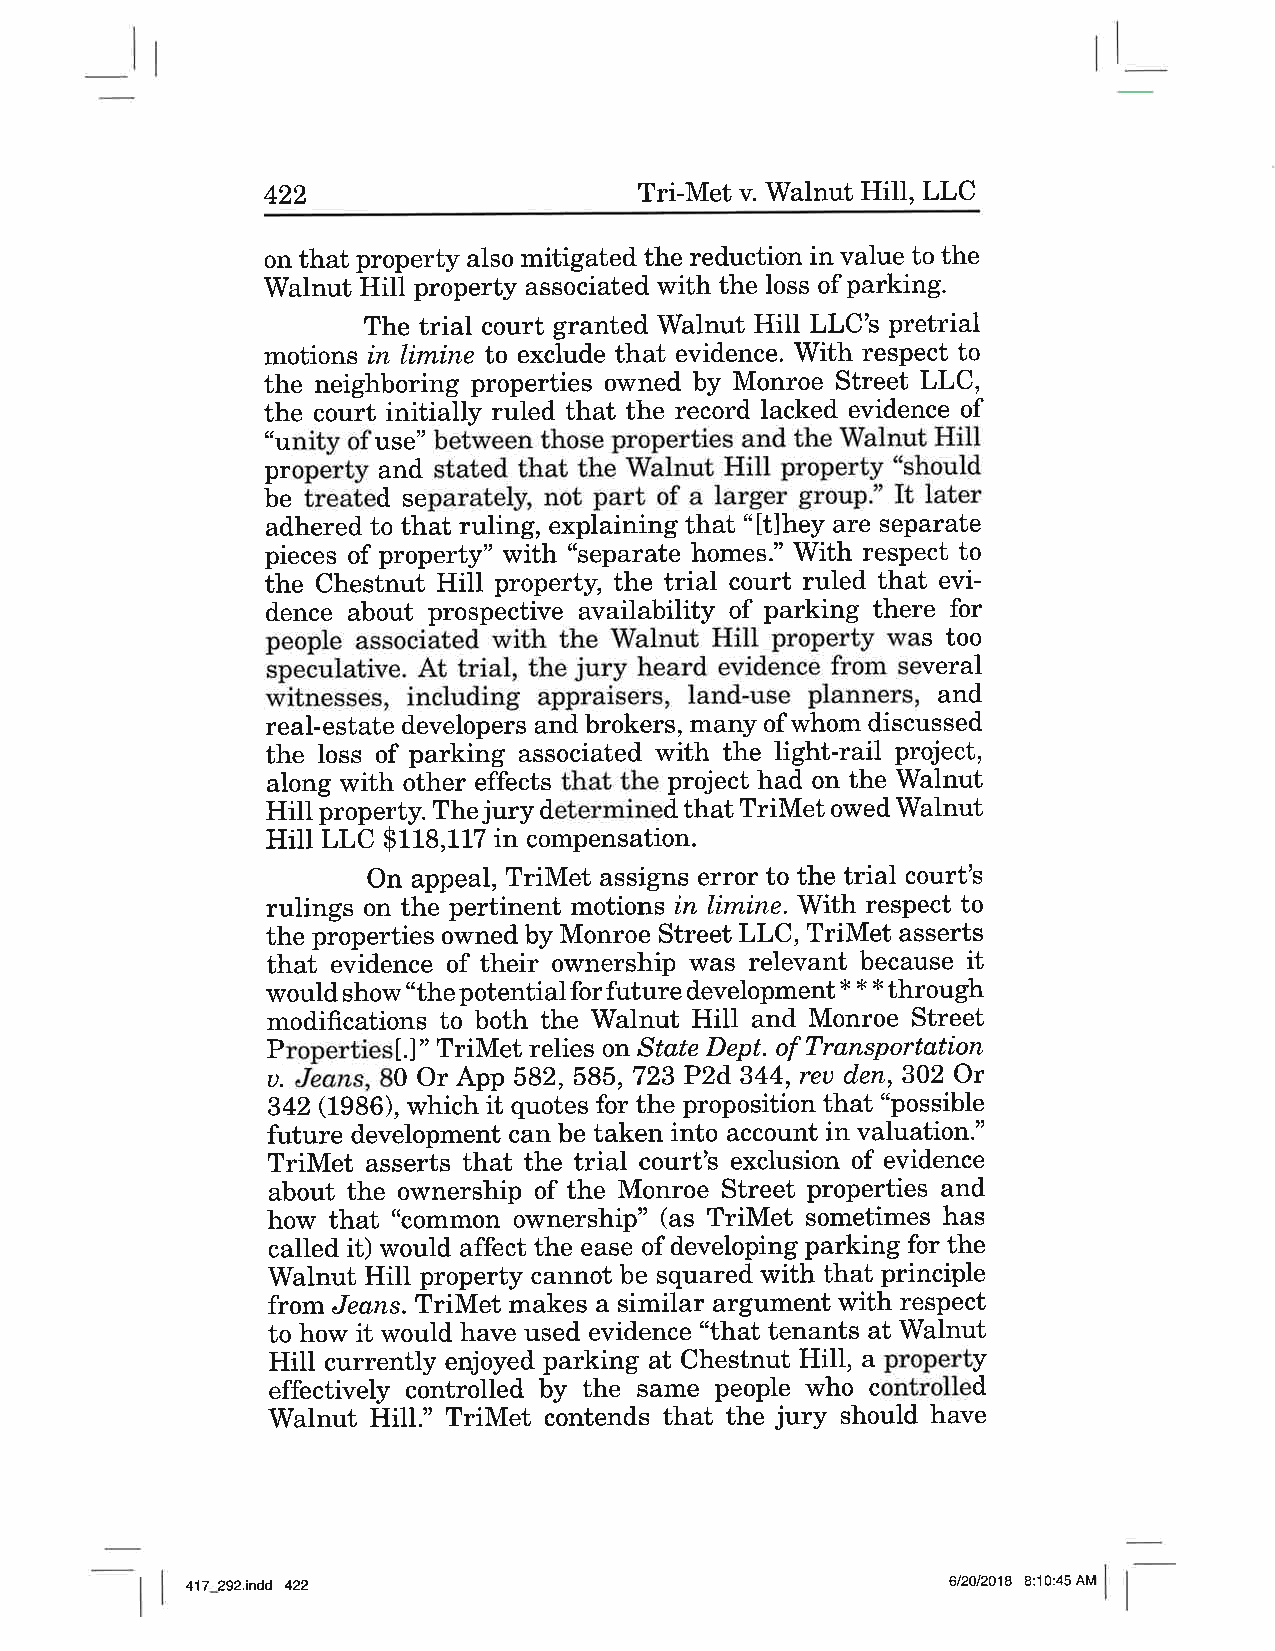
'Walnut
 422                     Tri-Met v.     Hill, LLC
 on that property also mitigated the reduction in value to the
 Walnut Hill property associated with the loss of parking.
 The trial court granted Walnut Hill LLC's pretrial
 motions in limine to exclude that evidence. With respect to
 the neighboring properties owned by Monroe Street LLC,
 the court initially ruled that the record lacked evidence of
 "unity of use" between those properties and the Walnut Hill
 property and stated that the Walnut Hill property "should
 be treated separately, not part of a larger group." It later
 adhered to that ruling, explaining that "lt]hey are separate
 pieces of property" with "separate homes." With respect to
 the Chestnut Hill property, the trial court ruled that evi-
 dence about prospective availability of parking there for
 'Walnut
 people associated with the   Hill property was too
 speculative. At trial, the jury heard evidence from several
 witnesses, including appraisers, land-use planners, and
 real-estate developers and brokers, many of whom discussed
 the loss of parking associated with the light-rail project,
 along with other effects that the project had on the Walnut
 HiII property. The jury determined that TriMet owed Walnut
 Hill LLC $ttg,ttZ in compensation.
 On appeal, TriMet assigns error to the trial court's
 rulings on the pertinent motions in limine. With respect to
 the properties owned by Monroe Street LLC, TriMet asserts
 that evidence of their ownership \Mas relevant because it
 would show "the potential for future development * * * through
 modifications to both the Walnut Hill and Monroe Street
 Propertiesl.]" TriMet relies on Støte Dept. of Transportatíon
 u. Jòans,8O OrApp 582, 585,723P2d344,reu den,302 Or
 342 (1986), which it quotes for the proposition that "possible
 future development can be taken into account in valuation."
 TriMet asserts that the trial court's exclusion of evidence
 about the ownership of the Monroe Street properties and
 how that "common ownership" (as TriMet sometimes has
 called it) would affect the ease of developing parking for the
 Walnut HiIl property cannot be squared with that principle
 from Jeans. TriMet makes a similar argument with respect
 to how it would have used evidence "that tenants at Walnut
 Hill currently enjoyed parking at Chestnut HiIl, a property
 effectively controlled by the same people who controlled
 jury
 Walnut Hill." TriMet contends that the should have
 417_292.indd 422                                   6/2012018 8:10:45 AM